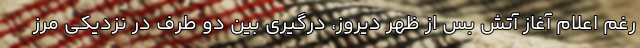
رغم اعلام آغاز آتش بس از ظهر دیروز، درگیری بین دو طرف در نزدیکی مرز